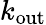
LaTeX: k_{\mathrm{out}}